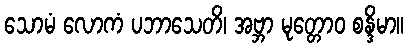
သောမံ လောကံ ပဘာသေတိ၊ အဗ္ဘာ မုတ္တောဝ စန္ဒိမာ။